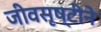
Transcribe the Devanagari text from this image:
जीवसृष्टीने